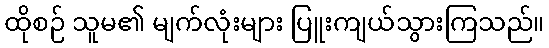
ထိုစဉ် သူမ၏ မျက်လုံးများ ပြူးကျယ်သွားကြသည်။